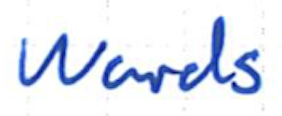
Text: wards
Cross-out: clean
Writing tool: ballpoint